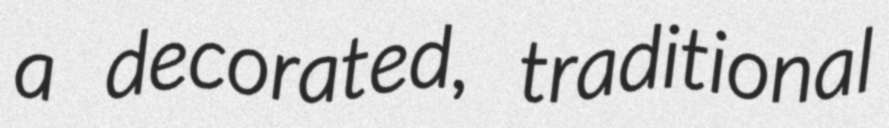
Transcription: a decorated, traditional